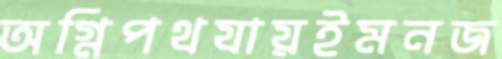
অগ্নিপথযায়ইমনজ